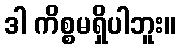
ဒါ ကိစ္စမရှိပါဘူး။